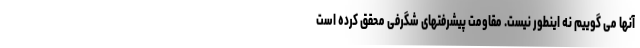
آنها می گوییم نه اینطور نیست. مقاومت پیشرفتهای شگرفی محقق کرده است